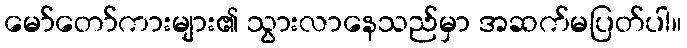
မော်တော်ကားများ၏ သွားလာနေသည်မှာ အဆက်မပြတ်ပါ။